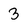
Character: 3